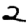
Digit: 2